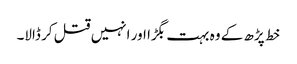
خط پڑھ کے وہ بہت بگڑا اور انہیں قتل کر ڈالا۔